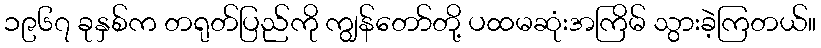
၁၉၆၇ ခုနှစ်က တရုတ်ပြည်ကို ကျွန်တော်တို့ ပထမဆုံးအကြိမ် သွားခဲ့ကြတယ်။